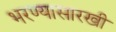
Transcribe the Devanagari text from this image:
भरण्यासारखी